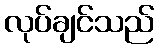
လုပ်ချင်သည်